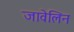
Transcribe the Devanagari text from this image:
जावेलिन